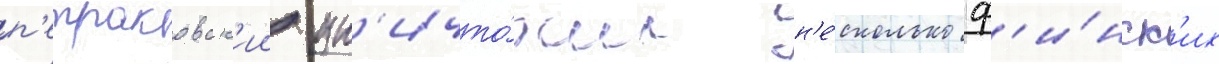
п'етраковск'ии ун'ичто́жил н'е́сколько ф'и́нск'их